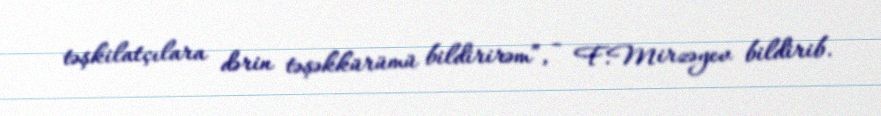
təşkilatçılara dərin təşəkkürümü bildirirəm”, - F.Mirzəyev bildirib.